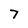
Character: 7